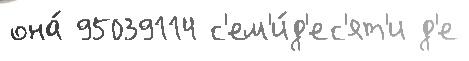
она́ 95039114 с'ем'и́д'ес'ят'и д'е